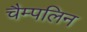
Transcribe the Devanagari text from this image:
चैम्पलिन